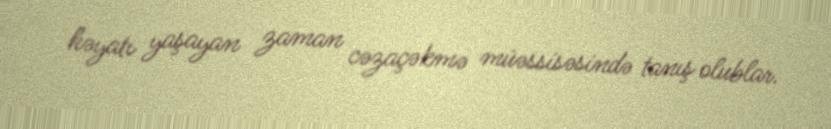
həyatı yaşayan zaman cəzaçəkmə müəssisəsində tanış olublar.